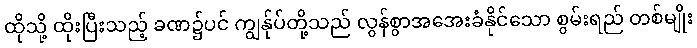
ထိုသို့ ထိုးပြီးသည့် ခဏ၌ပင် ကျွန်ုပ်တို့သည် လွန်စွာအအေးခံနိုင်သော စွမ်းရည် တစ်မျိုး